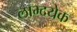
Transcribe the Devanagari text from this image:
लाभ्दयेक